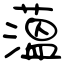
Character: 薀